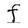
Character: f